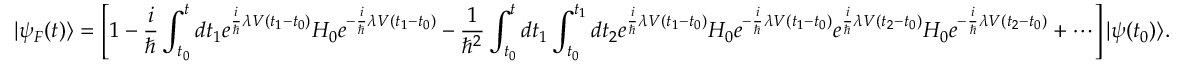
| \psi _ { F } ( t ) \rangle = \left[ 1 - { \frac { i } { \hbar } } \int _ { t _ { 0 } } ^ { t } d t _ { 1 } e ^ { { \frac { i } { \hbar } } \lambda V ( t _ { 1 } - t _ { 0 } ) } H _ { 0 } e ^ { - { \frac { i } { \hbar } } \lambda V ( t _ { 1 } - t _ { 0 } ) } - { \frac { 1 } { \hbar ^ { 2 } } } \int _ { t _ { 0 } } ^ { t } d t _ { 1 } \int _ { t _ { 0 } } ^ { t _ { 1 } } d t _ { 2 } e ^ { { \frac { i } { \hbar } } \lambda V ( t _ { 1 } - t _ { 0 } ) } H _ { 0 } e ^ { - { \frac { i } { \hbar } } \lambda V ( t _ { 1 } - t _ { 0 } ) } e ^ { { \frac { i } { \hbar } } \lambda V ( t _ { 2 } - t _ { 0 } ) } H _ { 0 } e ^ { - { \frac { i } { \hbar } } \lambda V ( t _ { 2 } - t _ { 0 } ) } + \cdots \right] | \psi ( t _ { 0 } ) \rangle .